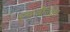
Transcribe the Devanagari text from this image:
इन्वजीनेटस